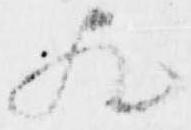
歟